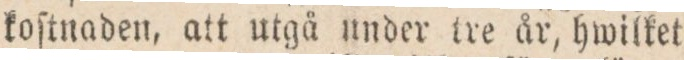
koſtnaden, att utgå under tre år, hwilket